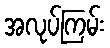
အလုပ်ကြမ်း